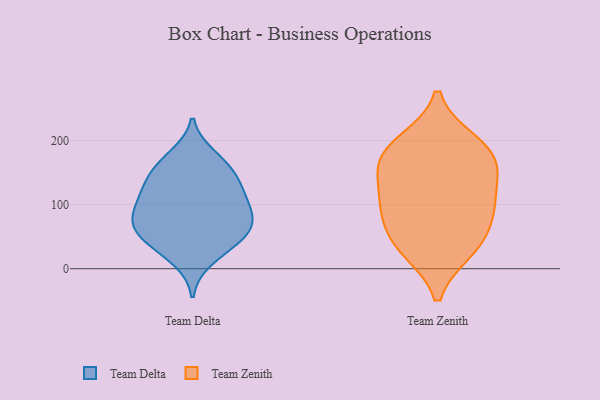
{"axis": {"x": "Backlog", "y": "Value"}, "legend": ["Team Delta", "Team Zenith"], "data": [{"x": "", "y": 14, "type": "Team Delta"}, {"x": "", "y": 49, "type": "Team Delta"}, {"x": "", "y": 136, "type": "Team Delta"}, {"x": "", "y": 154, "type": "Team Delta"}, {"x": "", "y": 87, "type": "Team Delta"}, {"x": "", "y": 126, "type": "Team Delta"}, {"x": "", "y": 48, "type": "Team Delta"}, {"x": "", "y": 39, "type": "Team Delta"}, {"x": "", "y": 60, "type": "Team Delta"}, {"x": "", "y": 164, "type": "Team Delta"}, {"x": "", "y": 73, "type": "Team Delta"}, {"x": "", "y": 84, "type": "Team Delta"}, {"x": "", "y": 108, "type": "Team Delta"}, {"x": "", "y": 83, "type": "Team Delta"}, {"x": "", "y": 122, "type": "Team Delta"}, {"x": "", "y": 176, "type": "Team Delta"}, {"x": "", "y": 165, "type": "Team Zenith"}, {"x": "", "y": 189, "type": "Team Zenith"}, {"x": "", "y": 33, "type": "Team Zenith"}, {"x": "", "y": 145, "type": "Team Zenith"}, {"x": "", "y": 55, "type": "Team Zenith"}, {"x": "", "y": 168, "type": "Team Zenith"}, {"x": "", "y": 95, "type": "Team Zenith"}, {"x": "", "y": 99, "type": "Team Zenith"}, {"x": "", "y": 197, "type": "Team Zenith"}, {"x": "", "y": 30, "type": "Team Zenith"}, {"x": "", "y": 103, "type": "Team Zenith"}]}